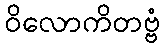
ဝိလောကိတဗ္ဗံ